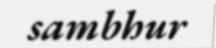
sambhur